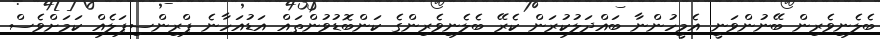
ބެލެނިވެރިން ބޭނުންވަނީ އެމީހުންނާ ބައްދަލުކުރަން ކެރޭ ބެލެނިވެެރިންގެ ކަންބޮޑުވުންތައް އަޑުއަހާނެ ޕްރިންސިޕަލެއް ކަމަށްވެސް